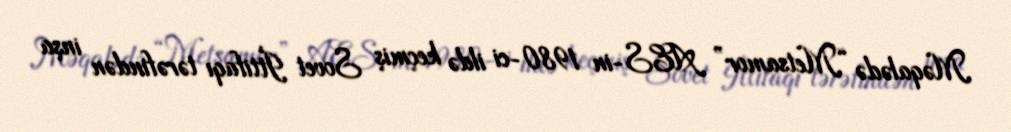
Məqalədə “Metsamor” AES-in 1980-ci ildə keçmiş Sovet İttifaqı tərəfindən inşa